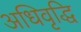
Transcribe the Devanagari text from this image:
अधिवृद्धि